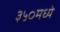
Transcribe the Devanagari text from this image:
३५०मध्ये